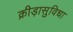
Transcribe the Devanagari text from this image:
क्रीड़ासुविधा